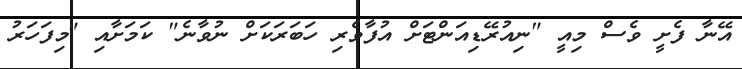
އޭނާ ފެށީ ވެސް މިއީ "ނިއުރޭޑިއަންޓަށް އުފާވެރި ހަބަރަކަށް ނުވާނެ" ކަމަށާއި "މިފަހަރު